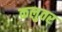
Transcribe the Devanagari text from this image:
कलुतर